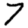
Digit: 7